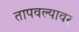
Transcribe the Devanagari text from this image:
तापवल्यावर